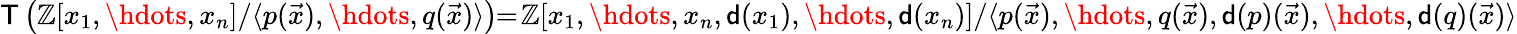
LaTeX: \mathsf{T}\left(\mathbb{Z}[x_{1},\hdots,x_{n}]/\langle p(\vec{x}),\hdots,q(\vec{x})\rangle\right)\! \! =\! \mathbb{Z}[x_{1},\hdots,x_{n},\mathsf{d}(x_{1}),\hdots,\mathsf{d}(x_{n})]/\langle p(\vec{x}),\hdots,q(\vec{x}),\mathsf{d}(p)(\vec{x}),\hdots,\mathsf{d}(q)(\vec{x})\rangle